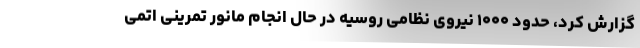
گزارش کرد، حدود ۱۰۰۰ نیروی نظامی روسیه در حال انجام مانور تمرینی اتمی